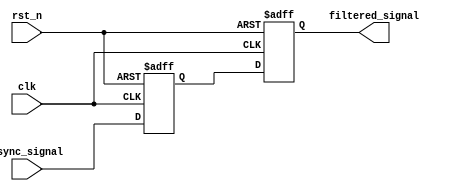
module MetaStabilityFilter (
    input wire clk,            // Clock signal
    input wire rst_n,         // Asynchronous active-low reset
    input wire async_signal,   // Incoming asynchronous signal
    output reg filtered_signal  // Stabilized output signal
);

    // Internal signals for flip-flop stages
    reg ff1_out; // Output of the first flip-flop

    // First stage of flip-flop
    always @(posedge clk or negedge rst_n) begin
        if (!rst_n) begin
            ff1_out <= 1'b0; // Initialize to known state
        end else begin
            ff1_out <= async_signal; // Sample the asynchronous signal
        end
    end

    // Second stage of flip-flop
    always @(posedge clk or negedge rst_n) begin
        if (!rst_n) begin
            filtered_signal <= 1'b0; // Initialize to known state
        end else begin
            filtered_signal <= ff1_out; // Capture the output of the first flip-flop
        end
    end

endmodule